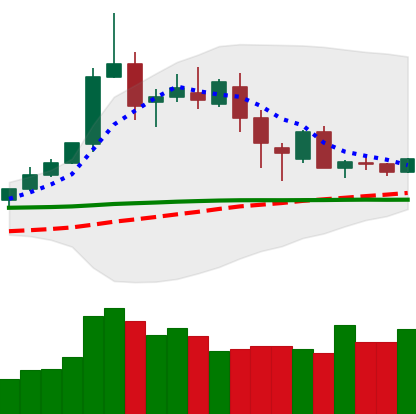
Ticker: DOGE-USD
Chart end date: 2020-02-23
Forward return: -14.59%
Label: down_7plus